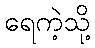
ရေကဲ့သို့